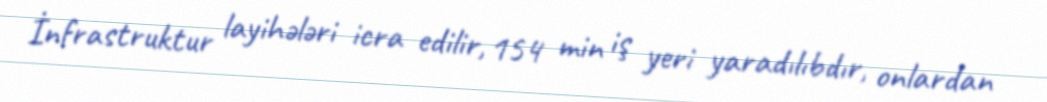
İnfrastruktur layihələri icra edilir, 154 min iş yeri yaradılıbdır, onlardan